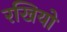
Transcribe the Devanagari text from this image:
रखियो